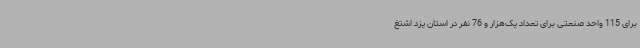
برای 115 واحد صنعتی برای تعداد یک‌هزار و 76 نفر در استان یزد اشتغ